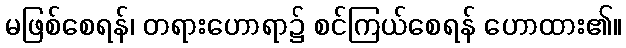
မဖြစ်စေရန်၊ တရားဟောရာ၌ စင်ကြယ်စေရန် ဟောထား၏။